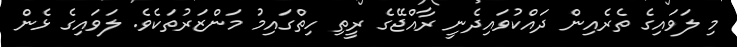
މި ލަވައިގެ ތެރެއިން ދައްކުވައިދެނީ ރާއްޖޭގެ ރީތި ހިތްގައިމު މަންޒަރުތަކެވެ. ލަވައިގެ ޅެން